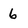
Character: 6